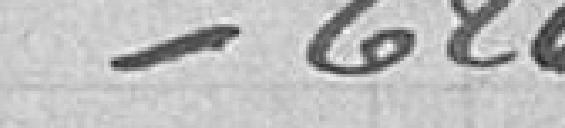
/ 626